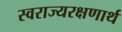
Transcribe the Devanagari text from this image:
स्वराज्यरक्षणार्थ